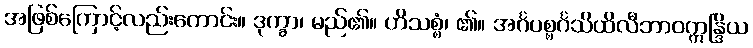
အဖြစ်ကြောင့်လည်းကောင်း။ ဒုက္ခာ၊ မည်၏။ ဟိသစ္စံ၊ ၏။ အင်္ဂပစ္စင်္ဂသိထိလီဘာဝဣန္ဒြိယ